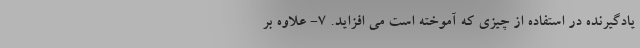
یادگیرنده در استفاده از چیزی که آموخته است می افزاید. 7- علاوه بر